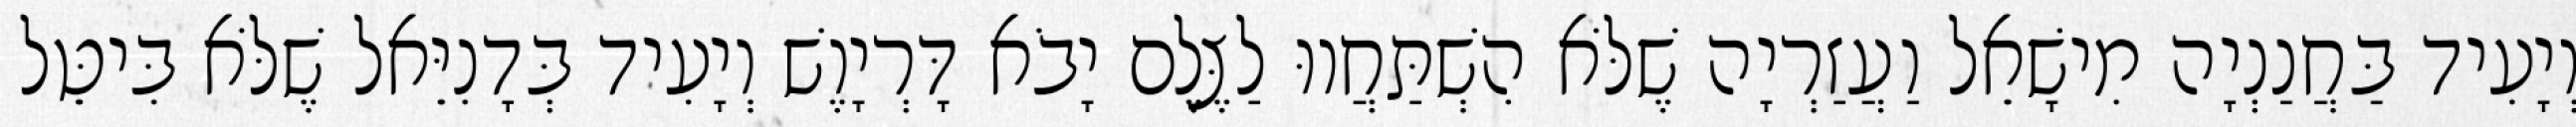
וְיָעִיד בַּחֲנַנְיָה מִישָׁאֵל וַעֲזַרְיָה שֶׁלֹּא הִשְׁתַּחֲווּ לַצֶּלֶם יָבֹא דָּרְיָוֶשׁ וְיָעִיד בְּדָנִיֵּאל שֶׁלֹּא בִּיטֵּל